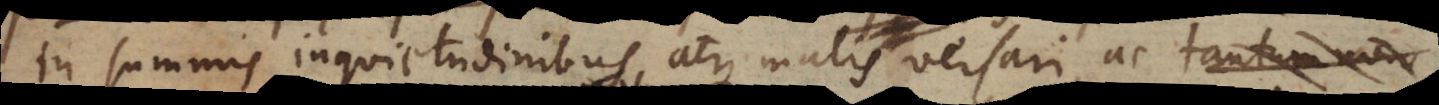
in summis inquietudinibus atque malis versari, ac tantum